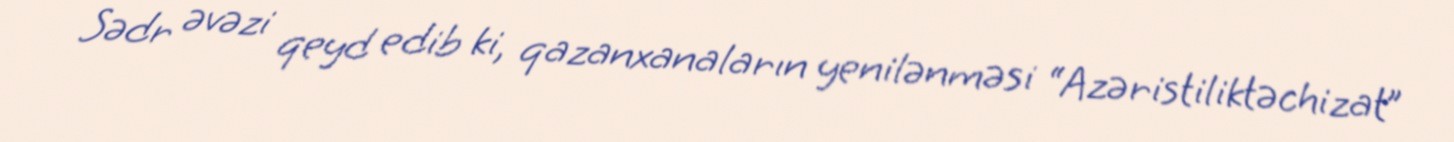
Sədr əvəzi qeyd edib ki, qazanxanaların yenilənməsi “Azəristiliktəchizat”